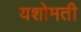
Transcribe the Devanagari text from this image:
यशोमती